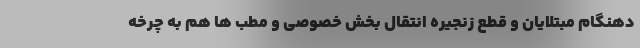
دهنگام مبتلایان و قطع زنجیره انتقال بخش خصوصی و مطب ها هم به چرخه